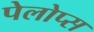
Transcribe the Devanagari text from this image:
पेलोप्स